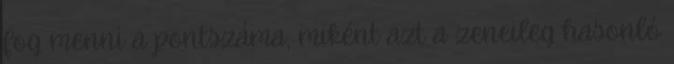
fog menni a pontszáma, miként azt a zeneileg hasonló